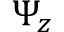
\Psi _ { z }